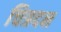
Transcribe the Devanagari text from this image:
चित्रदन